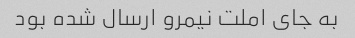
به جای املت نیمرو ارسال شده بود